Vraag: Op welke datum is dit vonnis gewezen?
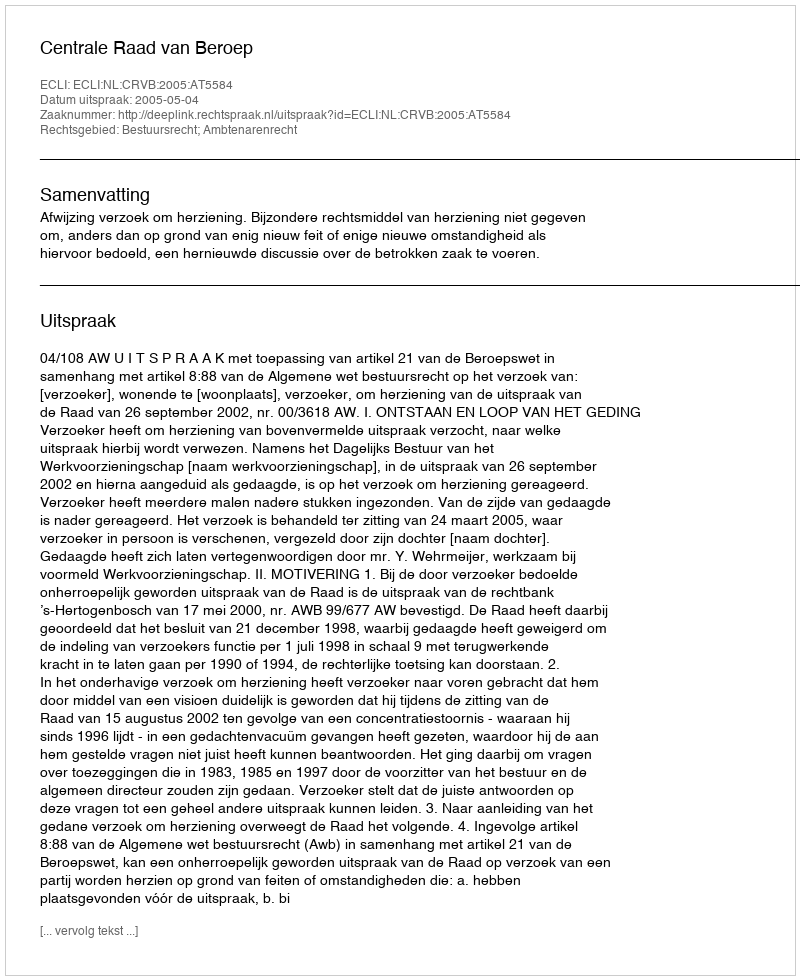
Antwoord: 2005-05-04